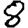
Digit: 8